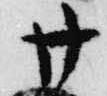
廿